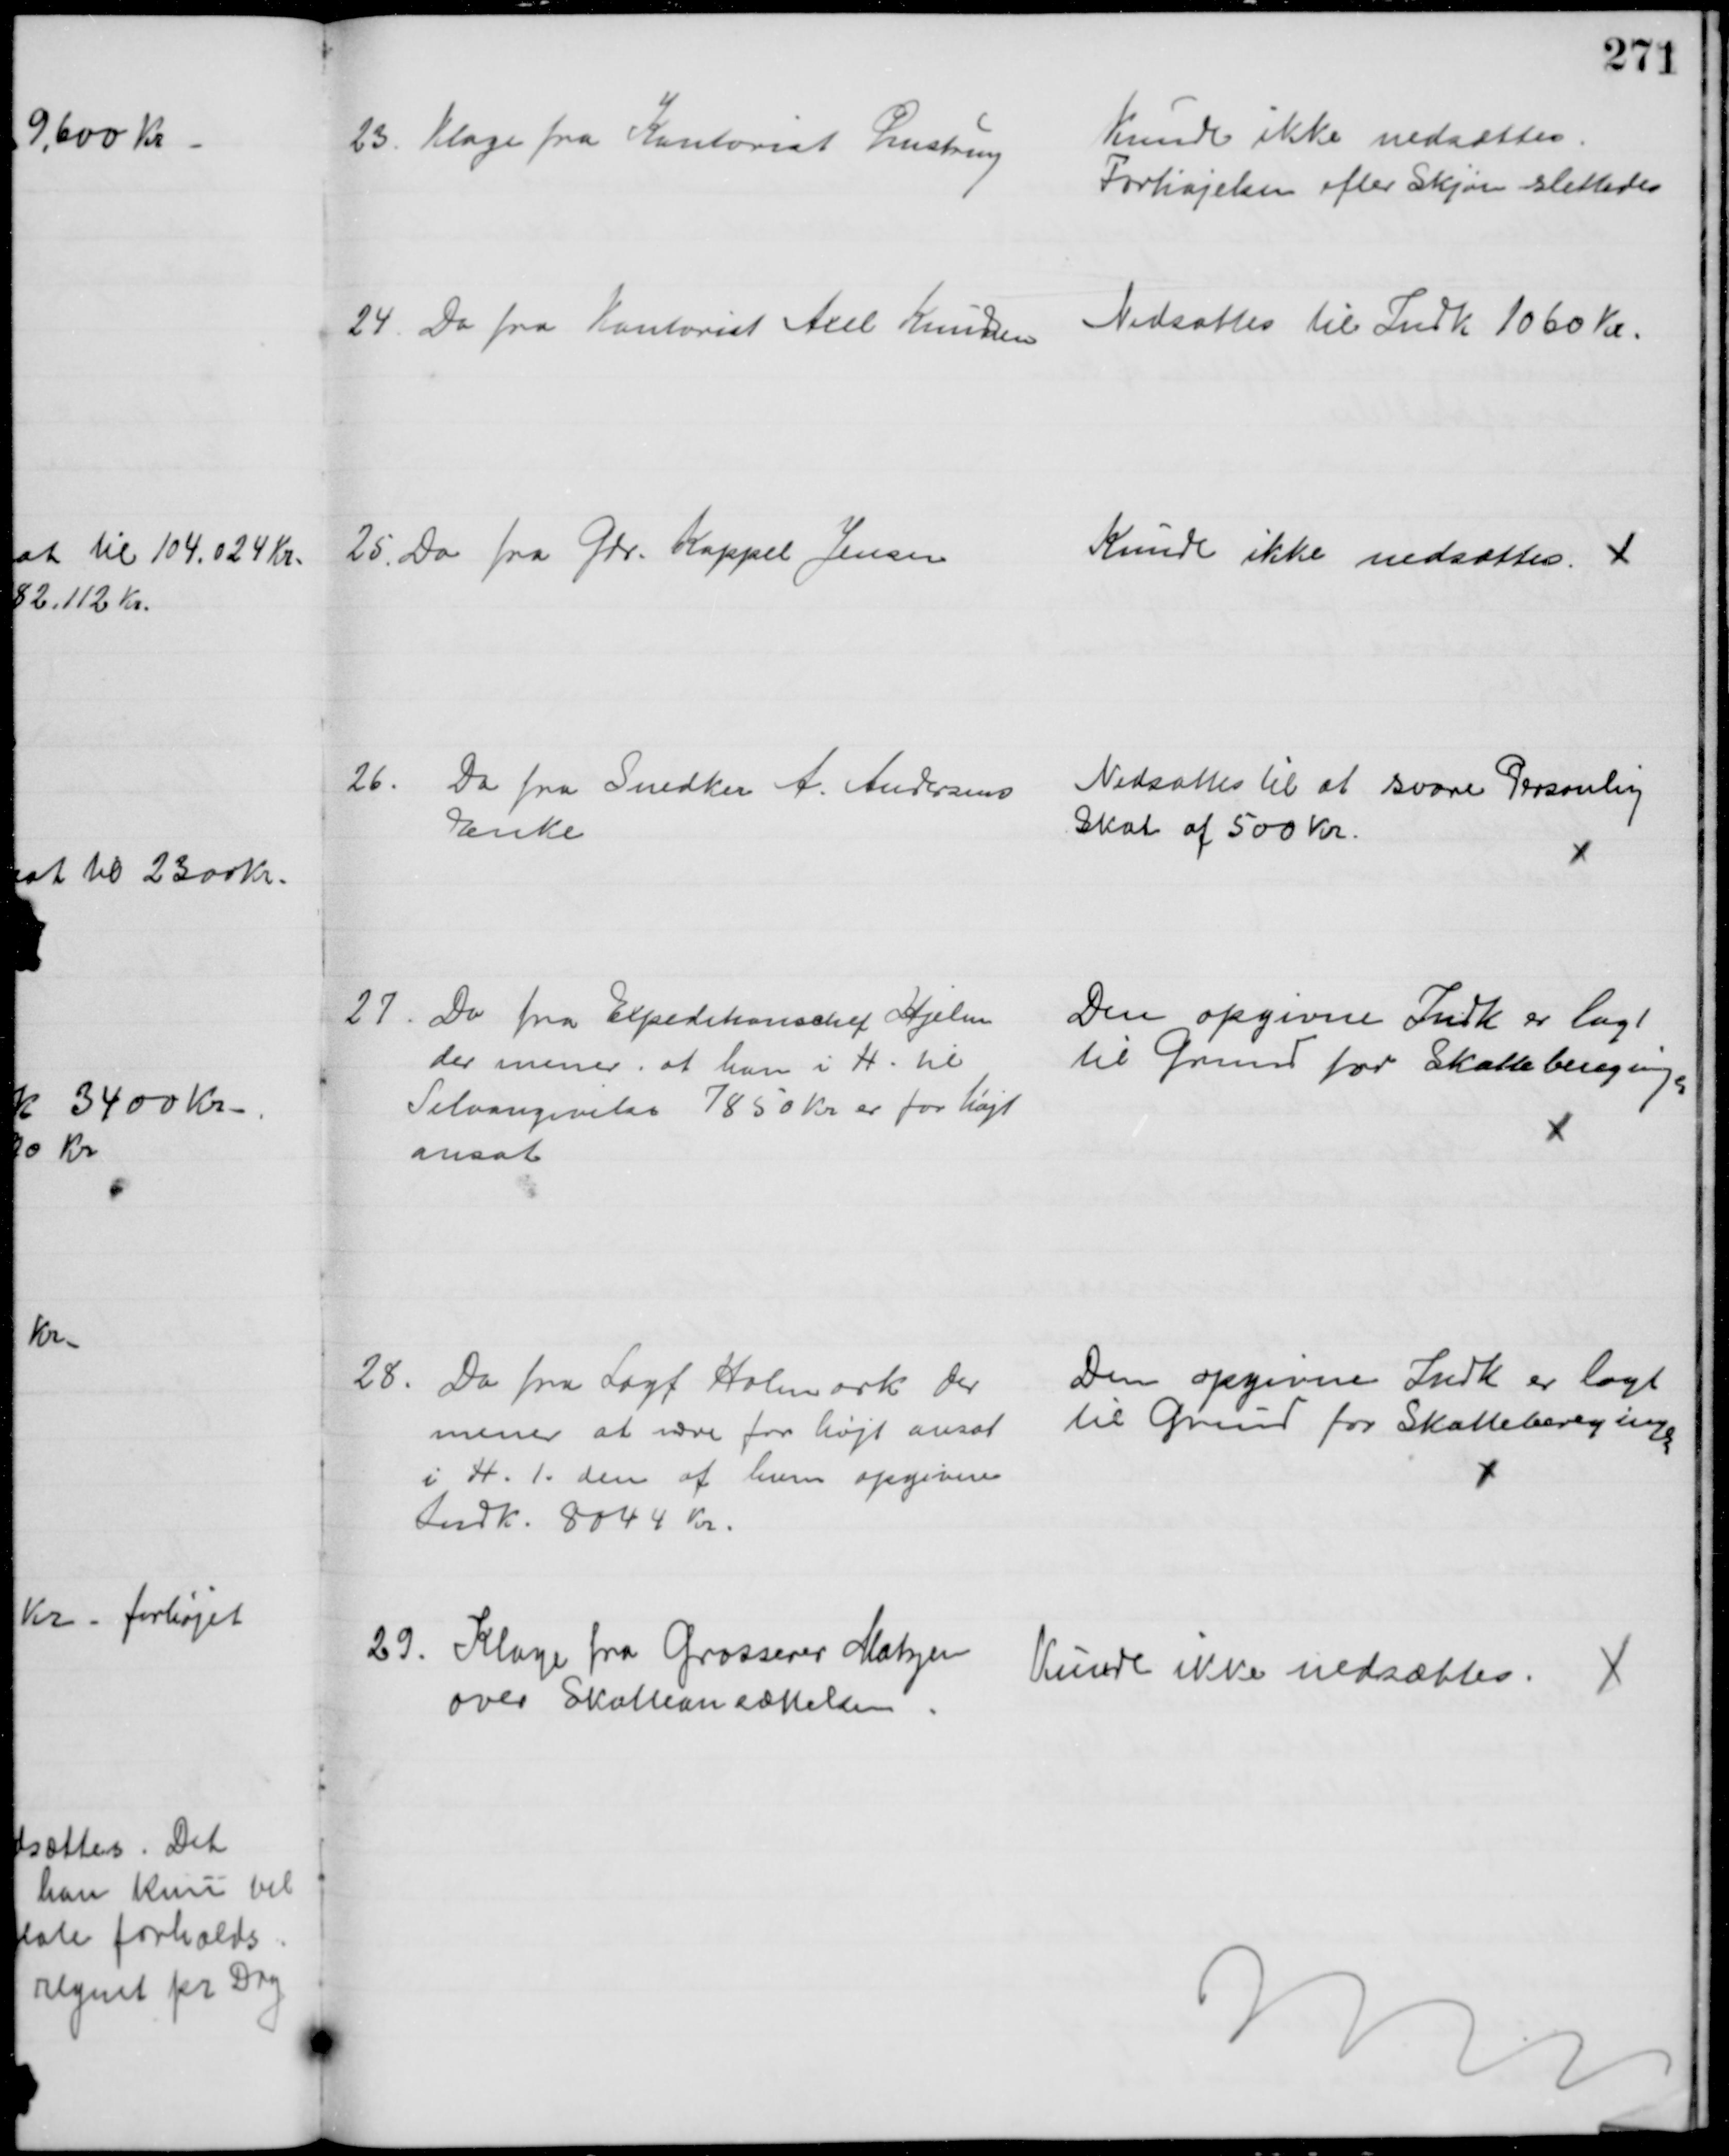
Transskription:
23. Klage fra Kontorist Ørnstrup
Kunde ikke nedsættes
Forhøjelsen efter Skjøn slettedes
24. Do fra Kontorist Axel Knudsen
Nedsattes til Indk. 1060 Kr.
25. Do fra Gdr. Kappel Jensen
Kunde ikke nedsættes. 
26. Do fra Snedker A. Andersens
Enke
Nedsattes til at svare Personlig
Skat af 500 Kr.
27.
Do fra Expeditionschef Hjelm
der mener, at han i H. til
Selvangivelse 7850 Kr er for højt
ansat
Den opgivne Indk er lagt
til Grund for Skatteberegningen
28.
Do fra Sagf Holmark der
mener at være for højt ansat
i H. t. den af ham opgivne
Indk. 8044 Kr.
Den opgivne Indk er lagt
til Grund for Skatteberegningen
29. Klage fra Grosserer Matzen
over Skatteansættelsen
Kunde ikke nedsættes